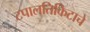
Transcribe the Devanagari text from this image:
टपालतिकिटाचे